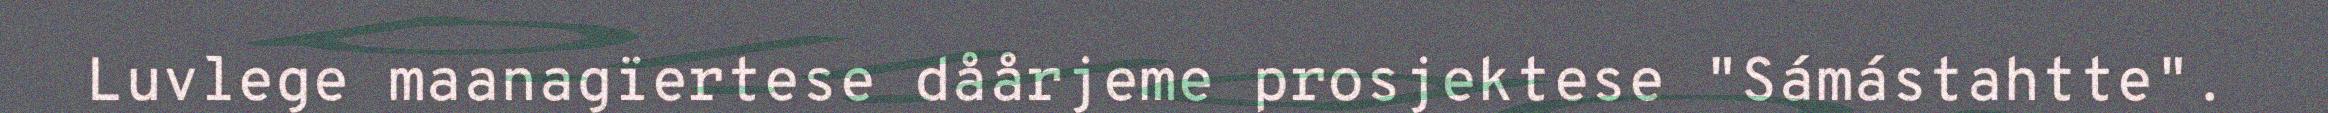
Luvlege maanagïertese dåårjeme prosjektese "Sámástahtte".